Vital statistics of India. Vol. VI, European troops 1870-79
Year: 1870
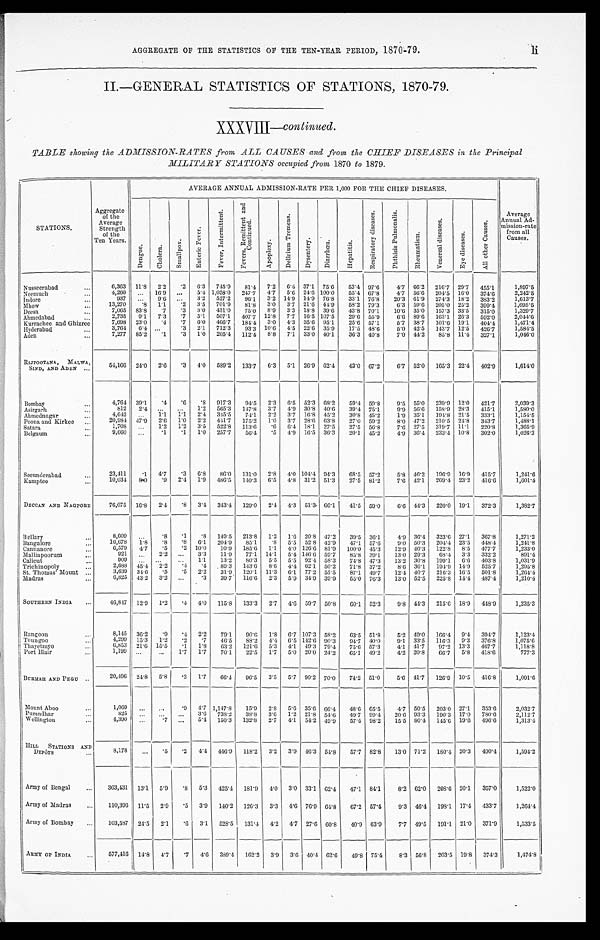
AGGREGATE OF THE STATISTICS OF THE TEN-YEAR PERIOD, 1870-79.
II.—GENERAL STATISTICS OF STATIONS, 1870-79.
c o n t i n u e d .
TABLE showing the ADMISSION-RATES from ALL CAUSES and from the CHIEF DISEASES in the Principal
MILITARY STATIONS occupied from 1870 to 1879.
STATIONS.
Aggregate
of the
Average
Strength
of the
Ten Years.
AVERAGE ANNUAL ADMISSION-RATE PER 1,000 FOR THE CHIEF DISEASES.
Average
Annual Ad-
mission-rate
from all
Causes.
D e n g u e .
C h o l e r a .
S m a l l p o x .
E n t e r i c F e v e r .
F e v e r , I n t e r m i t t e n t .
F e v e r s , R e m i t t e n t a n d C o n t i n u e d .
A p o p l e x y .
D e l i r i u m T r e m e n s .
D y s e n t e r y .
D i a r r h œ a .
H e p a t i t i s .
R e s p i r a t o r y d i s e a s e s .
P h t h i s i s P u l m o n a l i s .
Rhe uma t i s m.
V e n e r a l d i s e a s e s .
E y e d i s e a s e s .
A l l o t h e r C a u s e s .
Nusseerabad . . .
6,363
11.8
2.2
.2
6.3
745.9
81.4
7.2
6.4 37.1
75.6
53.4 97.6
4.7
66.2
216.7 29.7
455.1
1,897.5
4,260
. . .
16.9
. . .
5.4 1,058.0
247.7
4.7
5.6
24.6 100.0
55.4 67.8
4.7
56.6
204.5 16.0
374.6
2,242.5
Neenmuch . . .
937
. . .
9.6
. . .
3.2
527.2
96.1
3.2 14.9
14.9 76.8
33.1 76.8
20.3 61.9
274.3
18.2
383.2
1,613.7
Indore . . .
13,270
.8
1.1
.2
3.5
701.9
81.8
3.0
3.7
21.6 44.9
58.2 79.3
6.3
59.6
205.0 25.2
399.4
1,695.5
Mhow . . .
7,065
83.8
.7
.3
3.0
431.0
75.0
8.9
3.3
18.8
39.6
43.8 70.1
10.6 35.0
157.3 33.5
315.0
1,329.7
Deesa . . .
2,735
9.1
7.3
.7
5.1
507.1
407.7
12.8
7.7
16.5 107.5
29.6
55.9
6.6 89.6
163.1 26.3
592.0
2,044.6
Ahmedabad . . .
7,698
23.0
.4
.7
6.0
466.7
184.4
3.0
4.3
35.6 95.1
25.6 57.1
5 . 7 38.7
101.6 19.1
404.4
1,471.4
Kurrachee and Ghizree . . .
3,764
6.4
. . .
.3
2.1
712.3
93.3
10.6
4.5
22.6 35.9
17.5 48.6
5.0 42.5
143.7 12.5
426.7
1,584.5
Hyderabad . . .
7,277
85.2
.1
.3
1.0
205.4
112.4
8.8
7.1
33.0 40.1
36.3 40.8
7.0 44.2
85.8 11.4
327.1
1,046.0
Aden . . .
RAJPOOTANA, MALWA,
SIND, AND ADEN . . .
54,160
24.0
2.6
.3
4.0
589.2
133.7
6.3
5.1
26.9 62.4
43.0 67.2
6.7 52.0
165.3 22.4
402.9
1,614.0
Bombay . . .
4,764
39.1
.4
.6
.8
917.3
94.5
2.3
6.5
52.3 68.2
59.4 59.8
9.5 55.0
239.9
12.0
421.7
2,039.3
812
2.4
. . .
. . .
1.2
565.3
147.8
3.7
4.9 30.8 40.6
39.4 75.1
9.9 56.6
158.9
28.3
415.1
1,580.0
Asirgarh . . .
4,642
. . .
1.1
1.1
2.4
345.5
74.1
2.2
3.7
16.8 45.2
30.8 45.2
1.9 35.1
194.8
21.5
333.1
1,154.5
Ahmednagar . . .
20,984 47.9
2.6
1.0
2.2
441.7
175.2
1.0
3.7
28.6 63.8
27.0 59.2
8.0 47.2
210.5
24.8
343.7
1,488.1
Poona and Kirkee . . .
1,708
. . .
1.2
1.2
3.5
522.8
113.6
.6
6.4 18.1
27.5
27.5
56.8
7.6 27.5
319.7 11.1
220.8
1,365.9
Satara . . .
9,660
. . .
.1
.1
1.0
257.7
56.4
.5
4.9
16.5 36.3
20.1
45.2
4.9 36.3
233.4 10.8
302.0
1,026.3
Belgaum . . .
Secunderabad . . .
23.411
.1
4.7
.3
6.8
86.0
131.0
2.8
4.0 104.4 94.3
68.5
57.2
5.8 46.2
196.9
16.9
415.7
1,241.6
10,034
8 . 0
.9
2.4
1.9
486.5
140.3
6.5
4.8
31.2 51.3
27.5 81.2
7.6 42.1
269.4 23.2
416.6
1,601.4
Kamptee . . .
DECCAN AND NAGPORE . . .
76,075
16.8
2.4
.8
3.4
343.4
129.0
2.4
4.3
51.3 66.1
41.5 59.0
6.6 44.3
220.0 19.1
372.3
1,382.7
Bellary . . .
8,609
. . .
. 8
.1
.8
149.5
213.8
1.2
1.6 20.8 47.2
39.5 36.1
4.9 36.4
323.6 27.1
367.8
1,271.2
16,678
1 . 8
.8
.8
6 . 1 204.9
85.1
.8
5.5
52.8 42.9
47.1
57.6
9.0 50.3
204.4 23.5
448.4
1,241.8
Bangalore . . .
6,579
4.7
.5
.2
1 0 . 0
10.9
185.6
1.1
4.0 126.6 81.9
100.0 45.3
12.9 40.3
122.8
8.5
477.7
1,233.0
Cannanore . . .
921
. . . 2.2
. . .
3.3
11.9
77.1
14.1
5.4 146.6 59.7
85.8
39.1
13.0 29.3
68.4
3.3
332.2
891.4
Malliapoorum . . .
909
. . .
. . .
. . . 1.1
13.2
80.3
5.5
5.5
92.4 58.3
74.8 47.3
13.2 30.8
199.1
6 . 6
403.8
1,031.9
Calicut . . .
2,688
4 5 . 4
2 . 2
. 4
.4
89.3
143.6
8.6
4.4 62.1
50.2
71.8
37.2
8 . 6 36.1
194.9 14.9
525.7
1,295.8
Trichinopoly . . .
3,639
34.6
.5
.5
2.2
31.9
120.1
11.3
6.1
77.2
55.5
87.1
49.7
12.4 40.7
216.3 16.5
501.8
1,264.4
St. Thomas Mount . . .
6,825 43.2
3.2
. . .
.3
39.7
116.6
2.3
5.9 34.9 39.9
55.0 76.3
13.0 52.5
225.8 14.4
487.4
1,210.4
Madras . . .
SOUTHERN INDIA . . .
46,847
12.9
1.2
.4
4.0
115.8
133.3
2.7
4.6
59.7
50.8
60.1
52.3
9.8 44.3
215.6
18.9
448.9
1,235.3
Rangoo . . .
8,145
36.2
.9
.4
2.2
79.1
90.6
1 . 8 6.7 107.3 58.2
63.5
51.8
5.2 49.0
166.4
9.4
394.7
1,123.4
4,299 15.3
1.2
.2
.7
46.5
88.2
4.4
6.5 142.6 90.3
94.7 40.0
9.1 33.5
116.3
9.3
376.8
1,075.6
Toungoo . . .
6,853
21.6 15.5
.1
1 . 8
63.2
121.6
5.3
4.1
49.3 79.4
75.6 57.3
4.1 41.7
97.2
13.3
467.7
1,118.8
Thayetmyo . . .
1,199
. . .
. . .
1.7
1.7
70.1
22.5
1.7
5.0
20.0 24.2
65.1
49.2
4.2 20.8
6 6 . 7 5.8
418.6
777.3
Port Blair . . .
BURMAH AND PEGU . . .
20,496 24.8
5.8
.3
1.7
66.4
96.5
3.5
5.7
90.2 70.0
74.2 51.0
5.6 41.7
126.9
10.5
416.8
1,091.6
Mount Aboo . . .
1,069
. . .
. . .
.9
4.7 1,147.8
15.9
2.8
5.6 35.6 66.4
48.6 65.5
4.7 50.5
203.0 27.1
353.6
2,032.7
Purandhar . . .
825
. . .
. . .
. . .
3.6
738.2
38.8
3.6
1.2 21.8
54.6
4 9 . 7 99.4
20.6 93.3
190.3 17.0
780.6
2,112.7
Wellington . . .
4,390
. . .
. 7
. . .
5.4
150.3
132.8
2.7
4.1
54.2 49.9
57.4 98.2
15.5 80.4
145.6 19.6
496.6
1,313.4
HILL STATIONS AND
DEPÔTS . . .
8,178
. . .
.5
.2
4.4
4 4 6 . 9
118.2
3.2
3.9 46.3
54.8
57.7 82.8
13.0 71.2
180.4 20.3
490.4
1,594.2
Army of Bengal . . .
363,431
13.1
5.9
. 8 5.3
425.4
181.9
4 . 0 3.0 33.1
62.4
47.1
84.1
8.2 62.0
208.6 20.1
357.0
1,522.0
Army of Madras . . .
110,396 11.5
2.9
.5
3.9
140.2
126.3
3.3
4.6 76.9 64.8
67.2
57.4
9.3 46.4
198.1 17.4
433.7
1,264.4
Army of Bombay . . .
103,587
24.5
2.1
.6
3.1
528.5
131.4
4.2
4.7
27.6 60.8
40.9 63.9
7.7 49.5
191.1 21.0
371.9
1,533.5
ARMY OF INDIA . . .
5 7 7 , 4 1 6 14.8
4.7
.7
4.6
389.4
162.2
3.9
3.6
40.4 62.6
49.8 75.4
8.3 56.8
203.5 19.8
374.3
1,474.8